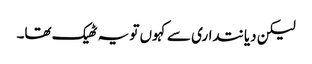
لیکن دیانتداری سے کہوں تو یہ ٹھیک تھا۔